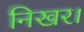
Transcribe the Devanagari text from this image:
निखर।